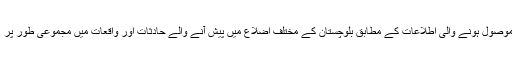
دی بلوچستان پوسٹ نیوز ڈیسک کو موصول ہونے والی اطلاعات کے مطابق بلوچستان کے مختلف اضلاع میں پیش آنے والے حادثات اور واقعات میں مجموعی طور پر 2 افراد جانبحق اور 4 زخمی ہوگئے۔